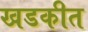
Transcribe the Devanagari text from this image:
खडकीत